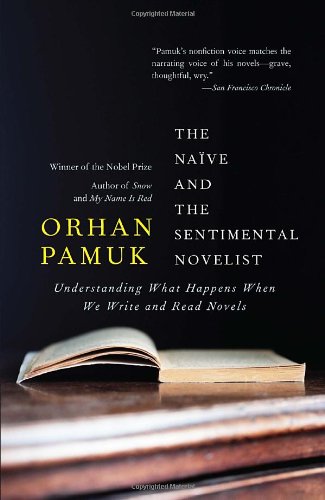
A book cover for The Naive and the Sentimental Novelist (Vintage International); Orhan Pamuk; Literature & Fiction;